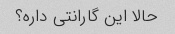
حالا این گارانتی داره؟